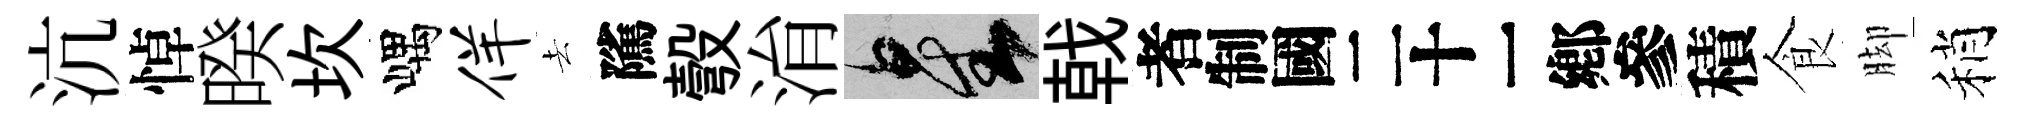
沆悼暌坎嵎佯去隲彀㳙星戟识積食脚稍